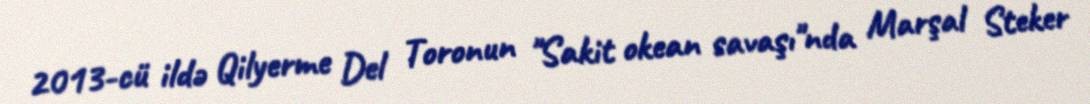
2013-cü ildə Qilyerme Del Toronun "Sakit okean savaşı"nda Marşal Steker